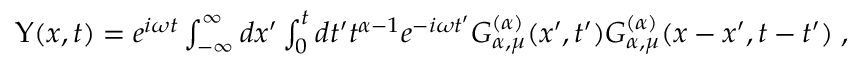
\begin{array} { r } { \Upsilon ( x , t ) = e ^ { i \omega t } \int _ { - \infty } ^ { \infty } d x ^ { \prime } \int _ { 0 } ^ { t } d t ^ { \prime } t ^ { \alpha - 1 } e ^ { - i \omega t ^ { \prime } } { \cal { G } } _ { \alpha , \mu } ^ { ( \alpha ) } ( x ^ { \prime } , t ^ { \prime } ) { \cal { G } } _ { \alpha , \mu } ^ { ( \alpha ) } ( x - x ^ { \prime } , t - t ^ { \prime } ) \; , } \end{array}